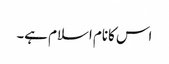
اس کانام اسلام ہے۔